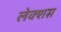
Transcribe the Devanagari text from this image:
लेक्शस